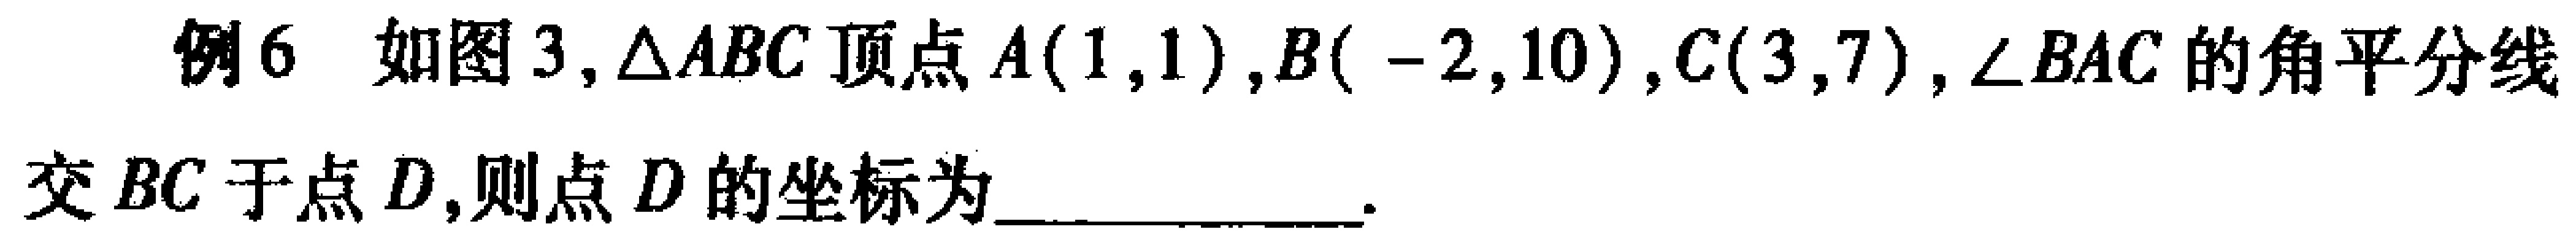
例6 如图3,$\triangle ABC$顶点$A(1,1)$,$B(-2,10)$,$C(3,7)$,$\angle BAC$的角平分线交$BC$于点$D$,则点$D$的坐标为____________.